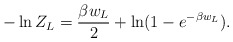
\begin{align*}-\ln Z_L={\beta w_L\over 2}+\ln(1-e^{-\beta w_L}).\end{align*}